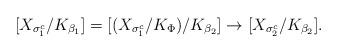
LaTeX: \begin{align*}[X_{\sigma_1^c}/K_{\beta_1}] = [(X_{\sigma_1^c}/K_\Phi)/K_{\beta_2}] \to [X_{\sigma_2^c}/K_{\beta_2}].\end{align*}